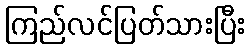
ကြည်လင်ပြတ်သားပြီး